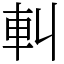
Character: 䡂